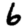
Digit: 6